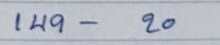
149 - 20